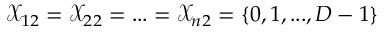
\mathcal { X } _ { 1 2 } = \mathcal { X } _ { 2 2 } = . . . = \mathcal { X } _ { n 2 } = \{ 0 , 1 , . . . , D - 1 \}